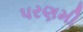
પરણમી